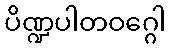
ပိဏ္ဍပါတဝဂ္ဂေါ